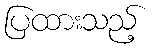
ပြထားသည့်